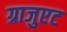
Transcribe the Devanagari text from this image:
ग्राजुएट